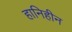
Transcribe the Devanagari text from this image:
हानिहीन